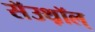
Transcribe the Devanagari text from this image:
सॅउथ़ॉल्